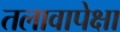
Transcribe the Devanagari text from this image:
तलावापेक्षा